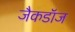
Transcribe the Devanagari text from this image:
जैकडॉज